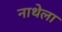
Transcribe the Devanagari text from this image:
नाथेला